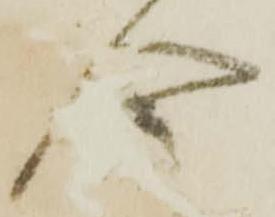
合